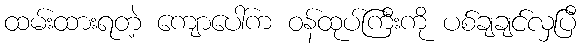
ထမ်းထားရတဲ့ ကျောပေါ်က ဝန်ထုပ်ကြီးကို ပစ်ချချင်လှပြီ